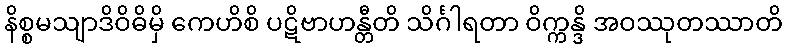
နိစ္စမသျာဒိဝိဓိမှိ ကေဟိစိ ပဋိဗာဟန္တီတိ သိင်္ဂါရတာ ဝိက္ကန္ဒိ အဝဿုတဿာတိ